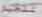
للجيش